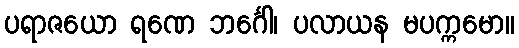
ပရာဇယော ရဏေ ဘင်္ဂေါ၊ ပလာယန မပက္ကမော။